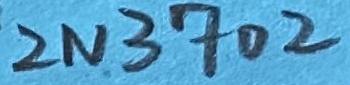
Text: 2N3702